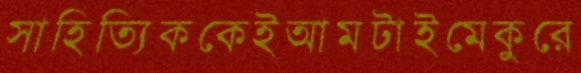
সাহিত্যিককেইআমটাইমেকুরে